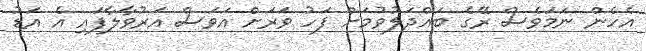
އެހެން ނަމަވެސް ރޭގެ ބައްދަލުވުމަށް ފަހު ވަރަށް އަވަސް އަރުވާލާފައި އެ އަޑު